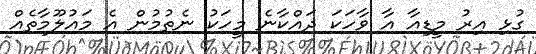
ގުޅި އިރު މީޑިއާ އާ ވާހަކަ ދައްކާނެ މީހަކު ނެތުމުން އެ މައުލޫމާތެއް